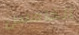
الخامس